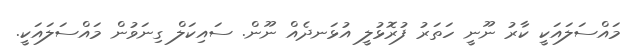
މައްސަލައަކީ ކާރު ނޫނީ ހަތަރު ފުރޮޅުލީ އުޅަނދެއް ނޫން. ސައިކަލް ގިނަވުން މައްސަލައަކީ.